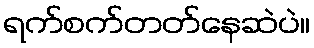
ရက်စက်တတ်နေဆဲပဲ။